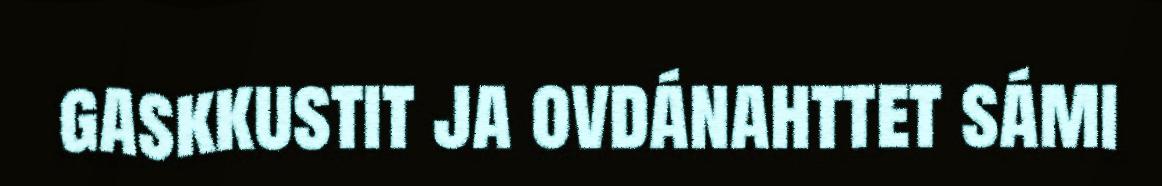
gaskkustit ja ovdánahttet sámi